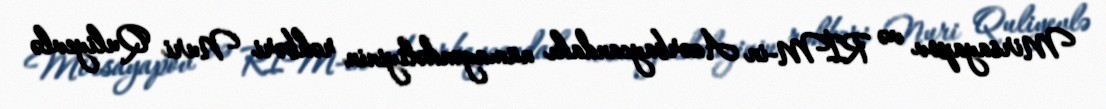
Mirsayapov və RİM-in Azərbaycandakı nümayəndəliyinin rəhbəri Nuri Quliyevlə